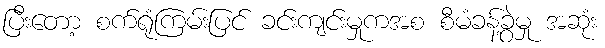
ပြီးတော့ စက်ရုံကြမ်းပြင် ခင်းကျင်းမှုကအစ စီမံခန့်ခွဲမှု အဆုံး